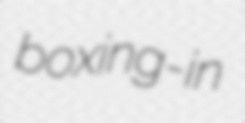
boxing-in